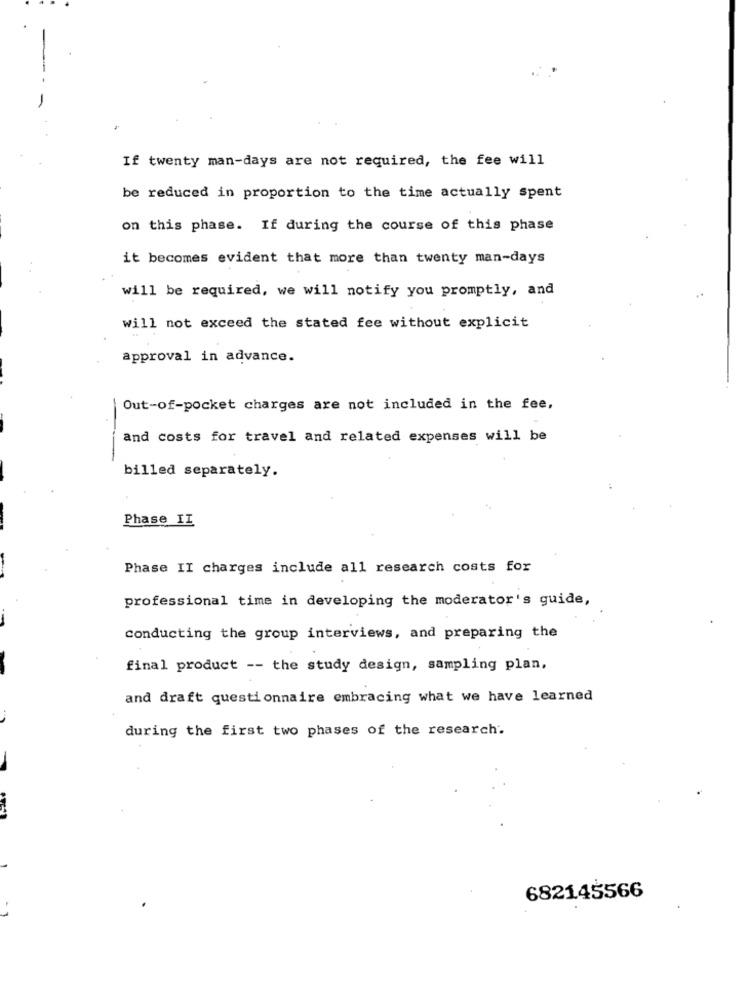
If twenty man-days are not required, the fee will
be reduced in proportion to the time actually spent
on this phase. If during the course of this phase
it becomes evident that more than twenty man-days
will be required, we will notify you promptly, and
will not exceed the stated fee without explicit
approval in advance.
Out-of-pocket charges are not included in the fee,
and costs for travel and related expenses will be
billed separately.
Phase II
Phase II charges include all research costs for
professional time in developing the moderator's guide,
conducting the group interviews, and preparing the
final product -- the study design, sampling plan,
and draft questionnaire embracing what we have learned
during the first two phases of the research.
682145566